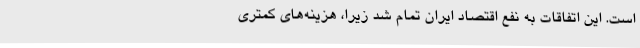
است. این اتفاقات به نفع اقتصاد ایران تمام شد زیرا، هزینه‌های کمتری